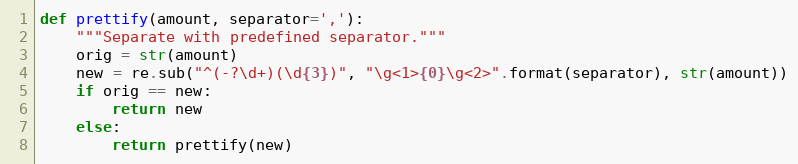
Language: Python
def prettify(amount, separator=','):
    """Separate with predefined separator."""
    orig = str(amount)
    new = re.sub("^(-?\d+)(\d{3})", "\g<1>{0}\g<2>".format(separator), str(amount))
    if orig == new:
        return new
    else:
        return prettify(new)